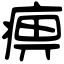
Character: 痹